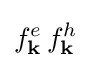
f_{\mathbf {k} }^{e}\,f_{\mathbf {k} }^{h}